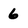
Character: 6